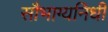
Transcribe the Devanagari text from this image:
सौभाग्यनिधी